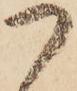
つ